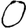
Digit: 0